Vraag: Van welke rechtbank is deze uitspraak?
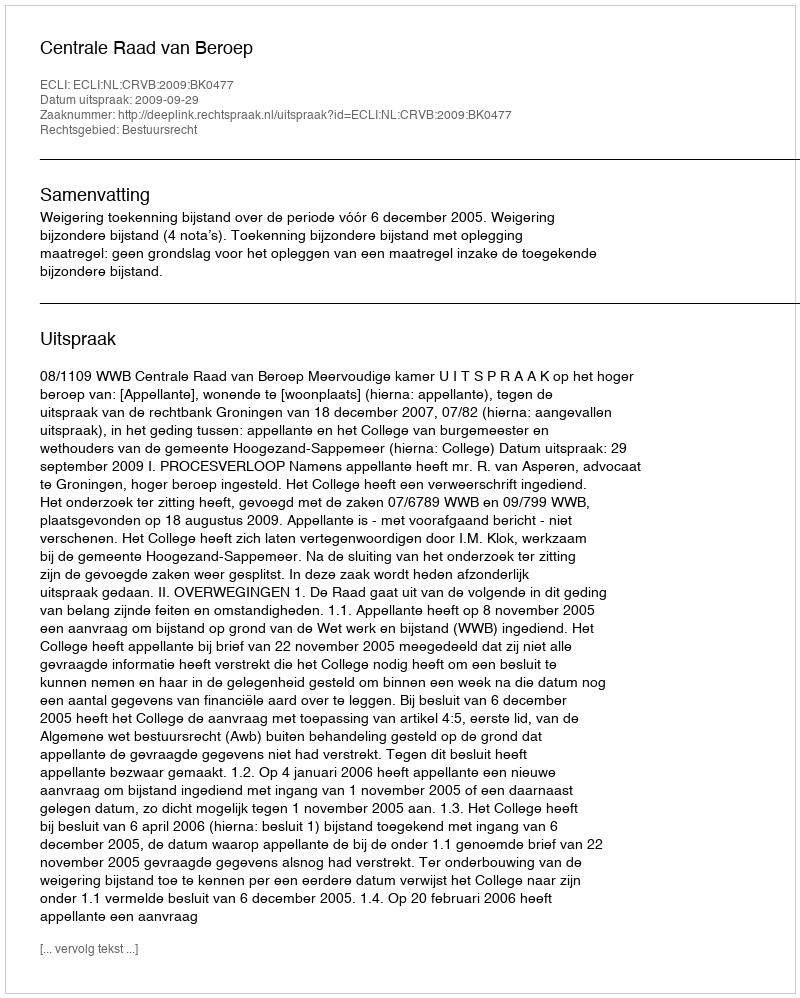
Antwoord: Centrale Raad van Beroep